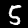
Label: 5